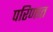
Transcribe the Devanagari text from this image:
परिणात